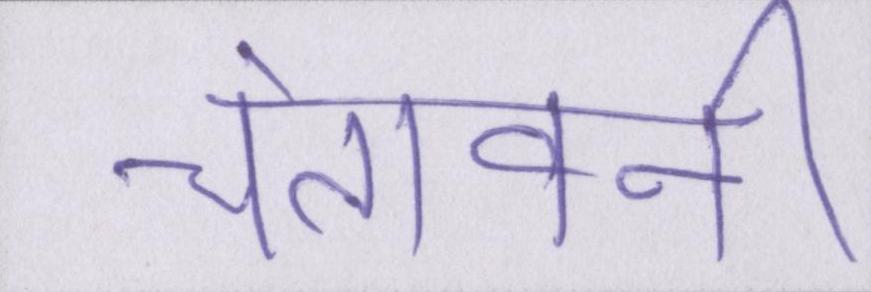
चेतावनी